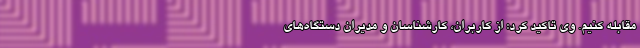
مقابله کنیم. وی تاکید کرد: از کاربران، کارشناسان و مدیران دستگاه‌های